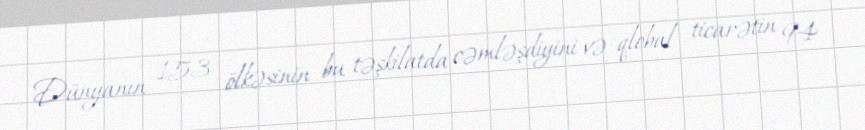
Dünyanın 153 ölkəsinin bu təşkilatda cəmləşdiyini və qlobal ticarətin 94